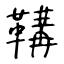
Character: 鞲